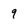
Character: 9